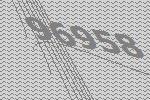
96958